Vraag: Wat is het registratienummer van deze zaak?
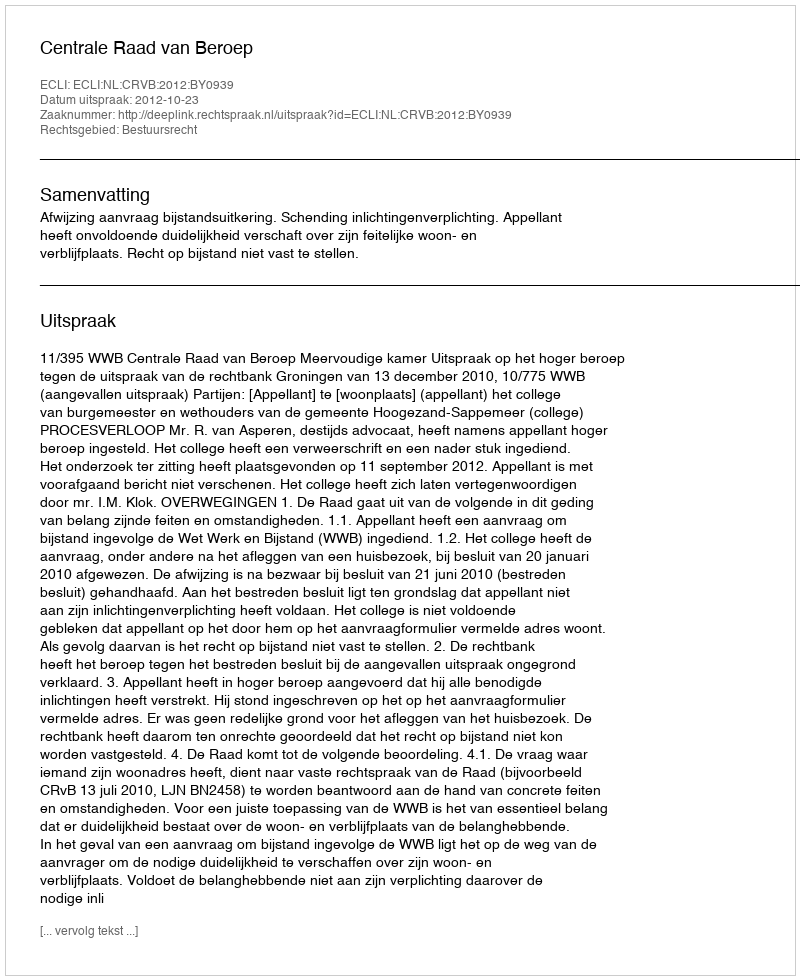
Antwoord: http://deeplink.rechtspraak.nl/uitspraak?id=ECLI:NL:CRVB:2012:BY0939